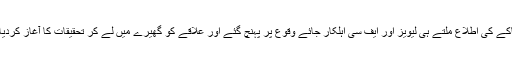
دھماکے کی اطلاع ملتے ہی لیویز اور ایف سی اہلکار جائے وقوع پر پہنچ گئے اور علاقے کو گھیرے میں لے کر تحقیقات کا آغاز کردیا گیا۔